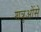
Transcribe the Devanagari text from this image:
शत्रुओंसे